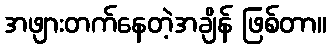
အဖျားတက်နေတဲ့အချိန် ဖြစ်တာ။